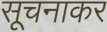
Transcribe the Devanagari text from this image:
सूचनाकर